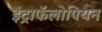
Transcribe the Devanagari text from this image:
इंट्राफॅलोपियन